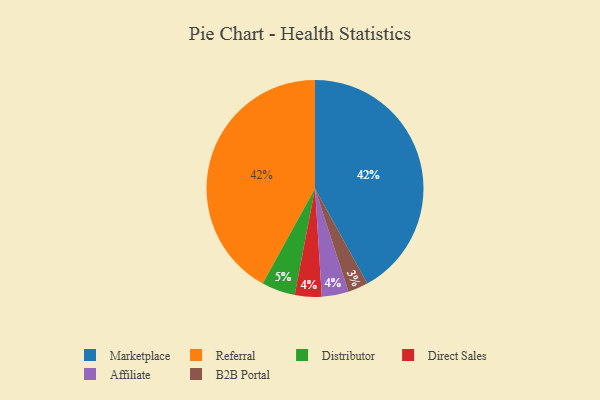
{"axis": {"x": "Category", "y": "Percentage"}, "legend": ["Affiliate", "B2B Portal", "Direct Sales", "Distributor", "Marketplace", "Referral"], "data": [{"x": "Marketplace", "y": 42, "type": "Marketplace"}, {"x": "Referral", "y": 42, "type": "Referral"}, {"x": "Distributor", "y": 5, "type": "Distributor"}, {"x": "Direct Sales", "y": 4, "type": "Direct Sales"}, {"x": "B2B Portal", "y": 3, "type": "B2B Portal"}, {"x": "Affiliate", "y": 4, "type": "Affiliate"}]}